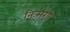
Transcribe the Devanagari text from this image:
निःसंगो